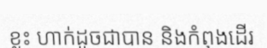
ខ្លះ ហាក់ដូចជាបាន និងកំពុងដើរ